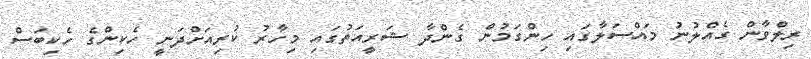
ރިލްވާން ގެއްލުނު މައްސަލާގައި ހިންގަމުން ގެންދާ ޝަރީއަތުގައި މިހާރު ކުރިއަށްދަނީ ހެކިންގެ ހެކިބަސް